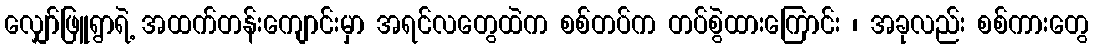
လျှော်ဖြူရွာရဲ့ အထက်တန်းကျောင်းမှာ အရင်လတွေထဲက စစ်တပ်က တပ်စွဲထားကြောင်း ၊ အခုလည်း စစ်ကားတွေ